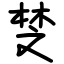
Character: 椘